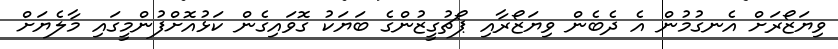
ވިޔަޒޯރަށް އެނގުމުން އެ ދެބެން ވިޔަޒޯރާއި ޕޯޗުގީޒުންގެ ބަޔަކު ގޮވައިގެން ކަޅުއޮށްފުންމީގައި މާލެޔަށް